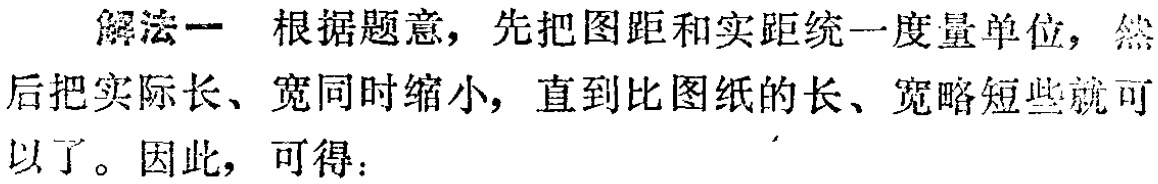
解法一 根据题意，先把图距和实距统一度量单位，然后把实际长、宽同时缩小，直到比图纸的长、宽略短些就可以了。因此，可得：